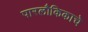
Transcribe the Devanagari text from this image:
पारलौकिकाचे